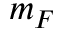
m _ { F }